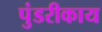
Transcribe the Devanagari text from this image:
पुंडरीकाय